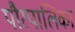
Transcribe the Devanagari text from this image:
पौरपालिका